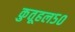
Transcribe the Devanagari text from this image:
कुतूहल५०